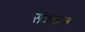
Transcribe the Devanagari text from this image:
सेवफ़ल